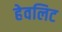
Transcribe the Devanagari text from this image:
हेवलिट